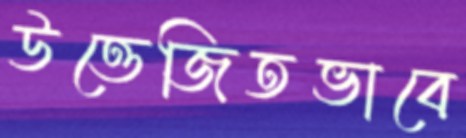
উত্তেজিতভাবে